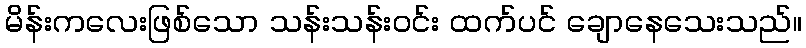
မိန်းကလေးဖြစ်သော သန်းသန်းဝင်း ထက်ပင် ချောနေသေးသည်။